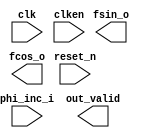

module nco_test (
	clk,
	clken,
	phi_inc_i,
	fsin_o,
	fcos_o,
	out_valid,
	reset_n);	

	input		clk;
	input		clken;
	input	[31:0]	phi_inc_i;
	output	[17:0]	fsin_o;
	output	[17:0]	fcos_o;
	output		out_valid;
	input		reset_n;
endmodule